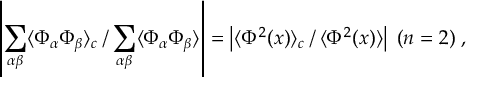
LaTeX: \left| \sum _ { \alpha \beta } \langle \Phi _ { \alpha } \Phi _ { \beta } \rangle _ { c } \left. \right/ \sum _ { \alpha \beta } \langle \Phi _ { \alpha } \Phi _ { \beta } \rangle \right| = \left| \langle \Phi ^ { 2 } ( x ) \rangle _ { c } \left. \right/ \langle \Phi ^ { 2 } ( x ) \rangle \right| \; ( n = 2 ) \; ,